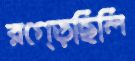
রগ্‌ড়েছিলি